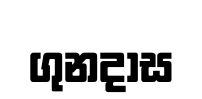
ගුනදාස